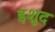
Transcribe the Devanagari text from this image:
इशुद